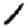
Digit: 1